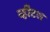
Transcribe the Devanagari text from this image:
व्हीटस